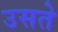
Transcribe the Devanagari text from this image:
उसते